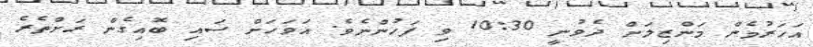
އަހަރުމެން މަންޒިލަށް ދެވުނީ 10:30 ވި ފަހުންނެވެ. އަވަހަށް ސައި ބޮއިގެން ރަށްތެރެ